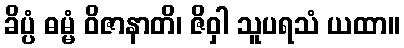
ခိပ္ပံ ဓမ္မံ ဝိဇာနာတိ၊ ဇိဝှါ သူပရသံ ယထာ။